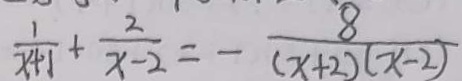
\frac { 1 } { x + 1 } + \frac { 2 } { x - 2 } = - \frac { 8 } { ( x + 2 ) ( x - 2 ) }